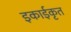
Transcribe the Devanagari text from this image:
इकाईकृत